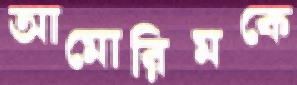
আমোরিমকে